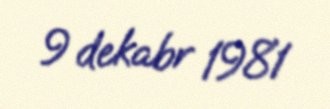
9 dekabr 1981